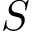
S